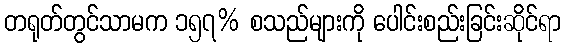
တရုတ်တွင်သာမက ၁၅၇% စသည်များကို ပေါင်းစည်းခြင်းဆိုင်ရာ